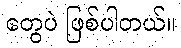
တွေပဲ ဖြစ်ပါတယ်။